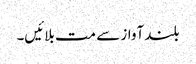
بلند آواز سے مت بلائیں۔